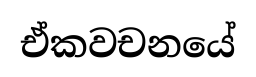
ඒකවචනයේ